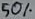
Text: 50%